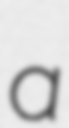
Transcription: a